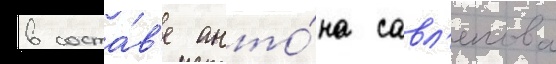
в соста́в'е анто́на савл'епова